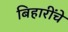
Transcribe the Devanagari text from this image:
बिहारींचे